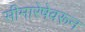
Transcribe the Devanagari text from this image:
सीमारेषेवरून